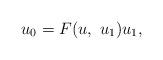
LaTeX: \begin{align*}u_0=F(u,\ u_1)u_1,\end{align*}